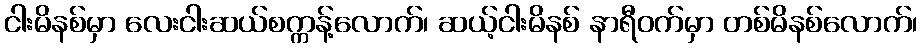
ငါးမိနစ်မှာ လေးငါးဆယ်စက္ကန့်လောက်၊ ဆယ့်ငါးမိနစ် နာရီဝက်မှာ တစ်မိနစ်လောက်၊